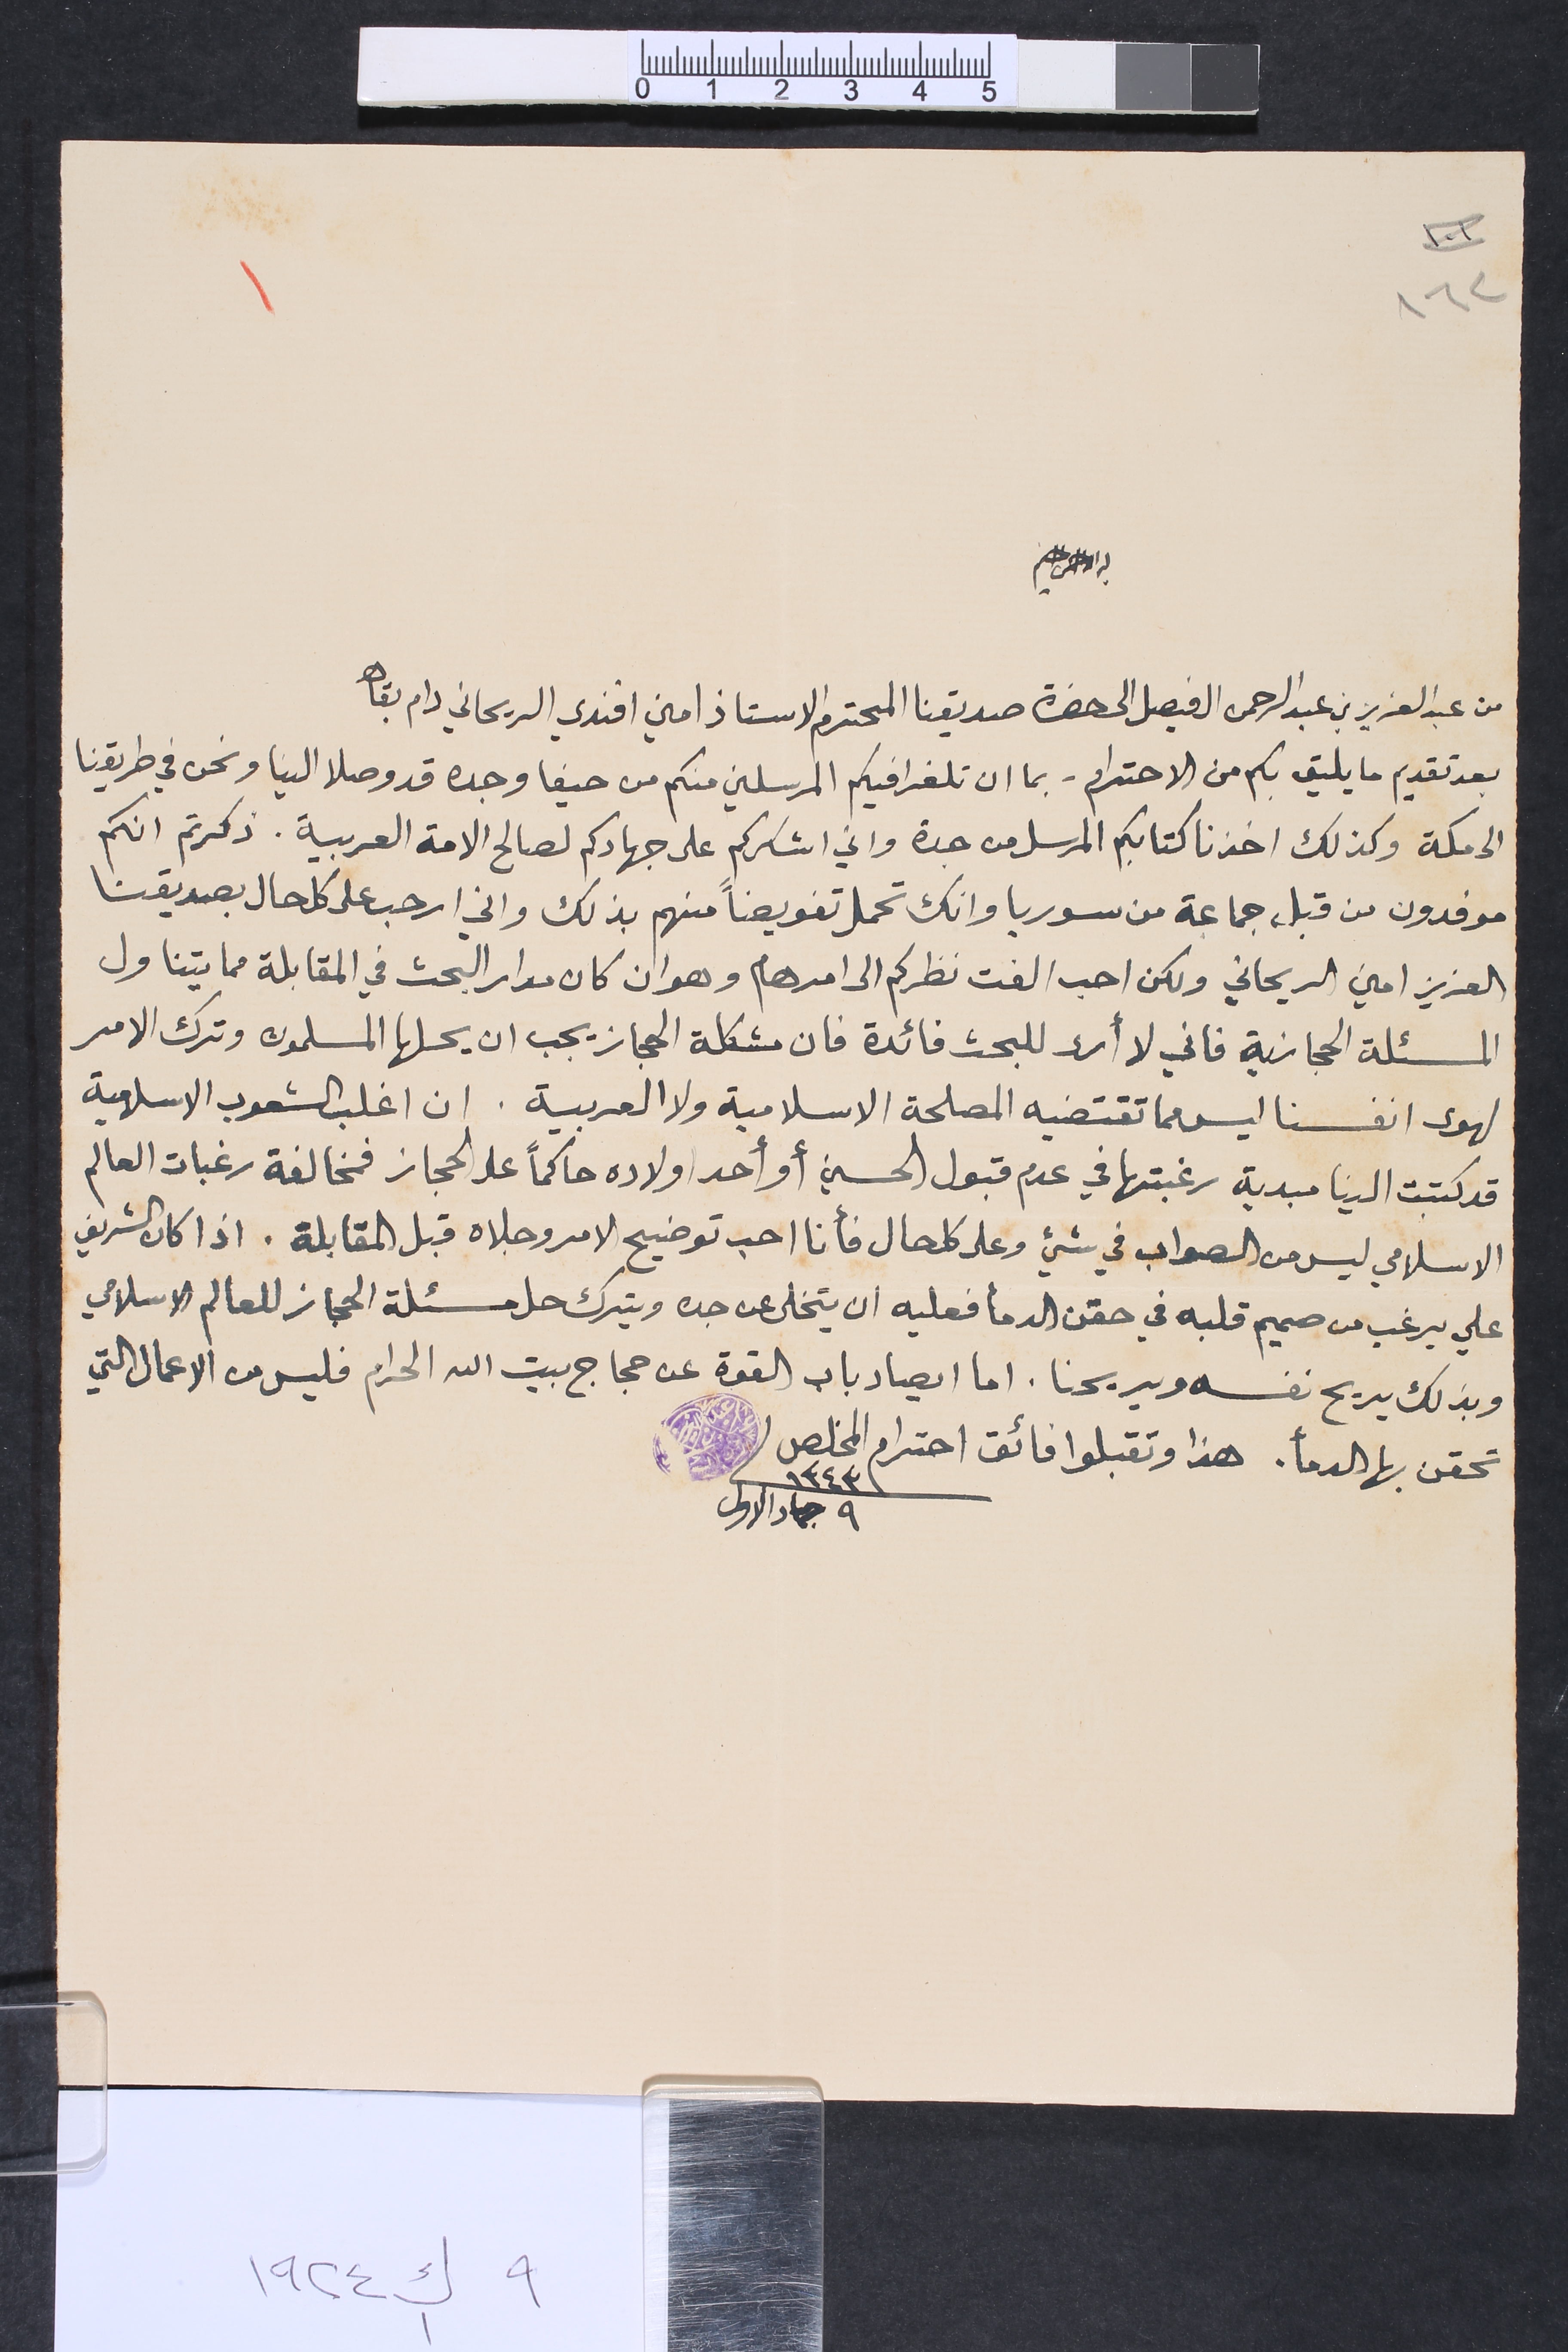
١٦٢					١
بسم الله الرحمن الرحيم
من عبد العزيز بن عبد الرحمن الفيصل الى حضرة صديقنا المحترم الاستاذ امين افندي الريحاني دام بقاه
بعد تقديم ما يليق بكم من الاحترام - بما ان تلغرافيكم المرسلين منكم من حيفا وجده قد وصلا الينا ونحن في طريقنا
الى مكة وكذلك اخذنا كتابكم المرسل من جدة واني اشكركم على جهادكم لصالح الامة العربية. ذكرتم انكم
موفدون من قبل جماعة من سوريا وانك تحمل تفويضاً منهم بذلك واني ارحب على كل حال بصديقنا
العزيز امين الريحاني ولكن احب الفت نطركم الى امر هام وهو ان كان مدار البحث في المقابلة مما يتناول
المسئلة الحجازية فاني لا أرى للبحث فائدة فان مشكلة الحجاز يجب ان يحلها المسلمون وترك الامر
لهوى انفسنا ليس مما تقتضيه المصلحة الاسلامية ولا العربية. ان اغلب الشعوب الاسلامية
قد كتبت الينا مبدية رغبتها في عدم قبول الحسين أو أحد اولاده حاكماً على الحجاز فمخالفة رغبات العالم
الاسلامي ليس من الصواب في شيء وعلى كل حال فأنا احب توضيح الامر وجلاه قبل المقابلة. اذا كان الشريف
علي يرغب من صميم قلبه في حقن الدمأ فعليه ان يتخلى عن جده ويترك حل مسئلة الحجاز للعالم الاسلامي
وبذلك يريح نفسه ويريحنا. اما ايصاد باب القوة عن حجاج بيت الله الحرام فليس من الاعمال التي
تحقن بها الدمأ. هذا وتقبلوا فائق احترام المخلص	 ١٣٤٣ ٩ جماد الاول
٩ ك١ ١٩٢٤